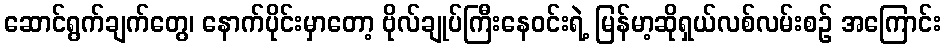
ဆောင်ရွက်ချက်တွေ၊ နောက်ပိုင်းမှာတော့ ဗိုလ်ချုပ်ကြီးနေဝင်းရဲ့ မြန်မာ့ဆိုရှယ်လစ်လမ်းစဉ် အကြောင်း